Civil Veterinary Department Bihar & Orissa reports 1929-36 - 1929-1936
Year: 1929
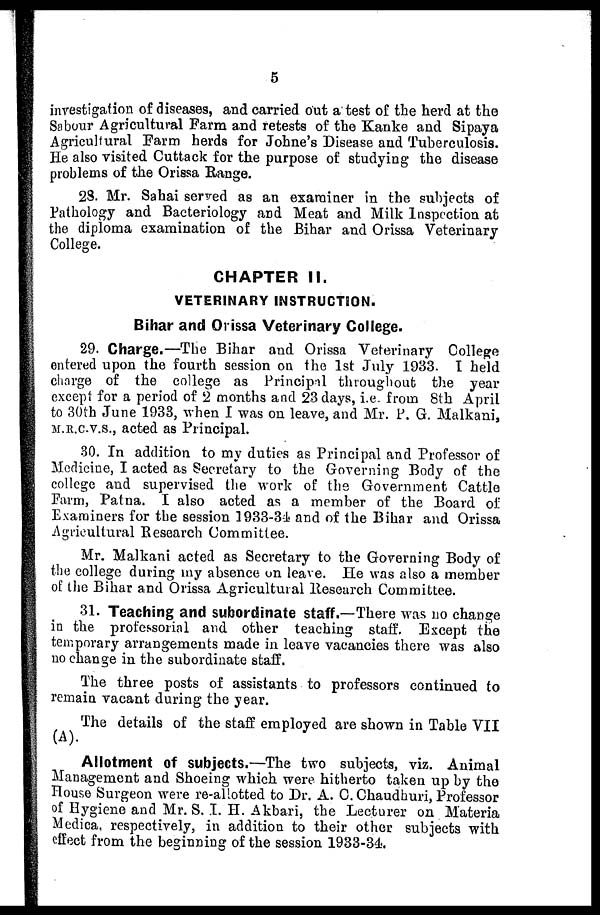
5
investigation of diseases, and carried out a test of the herd at the
Sabour Agricultural Farm and retests of the Kanke and Sipaya
Agricultural Farm herds for Johne's Disease and Tuberculosis.
He also visited Cuttack for the purpose of studying the disease
problems of the Orissa Range.
2S. Mr. Sahai served as an examiner in the subjects of
Pathology and Bacteriology and Meat and Milk Inspection at
the diploma examination of the Bihar and Orissa Veterinary
College.
CHAPTER II.
VETERINARY INSTRUCTION.
Bihar and Orissa Veterinary College.
29. Charge.—The Bihar and Orissa Veterinary College
entered upon the fourth session on the 1st July 1983. I held
charge of the college as Principal throughout the year
except for a period of 2 months and 23 days, i.e. from 8th April
to 30th June 1933, when I was on leave, and Mr. P. G. Malkani,
M.R.C.V.S., acted as Principal.
30. In addition to my duties as Principal and Professor of
Medicine, I acted as Secretary to the Governing Body of the
college and supervised the work of the Government Cattle
Farm, Patna. I also acted as a member of the Board of
Examiners for the session 1933-34 and of the Bihar and Orissa
Agricultural Research Committee.
Mr. Malkani acted as Secretary to the Governing Body of
the college during my absence on leave. He was also a member
of the Bihar and Orissa Agricultural Research Committee.
31. Teaching and subordinate staff.—There was no change
in the professorial and other teaching staff. Except the
temporary arrangements made in leave vacancies there was also
no change in the subordinate staff.
The three posts of assistants to professors continued to
remain vacant during the year.
The details of the staff employed are shown in Table VII
(A).
Allotment of subjects.—The two subjects, viz. Animal
Management and Shoeing which were hitherto taken up by the
House Surgeon were re-allotted to Dr. A. C. Chaudhuri, Professor
of Hygiene and Mr. S. I. H. Akbari, the Lecturer on Materia
Medica, respectively, in addition to their other subjects with
effect from the beginning of the session 1933-34.